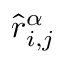
\hat { r } _ { i , j } ^ { \alpha }